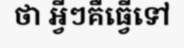
ថា អ្វីៗគឺធ្វើទៅ